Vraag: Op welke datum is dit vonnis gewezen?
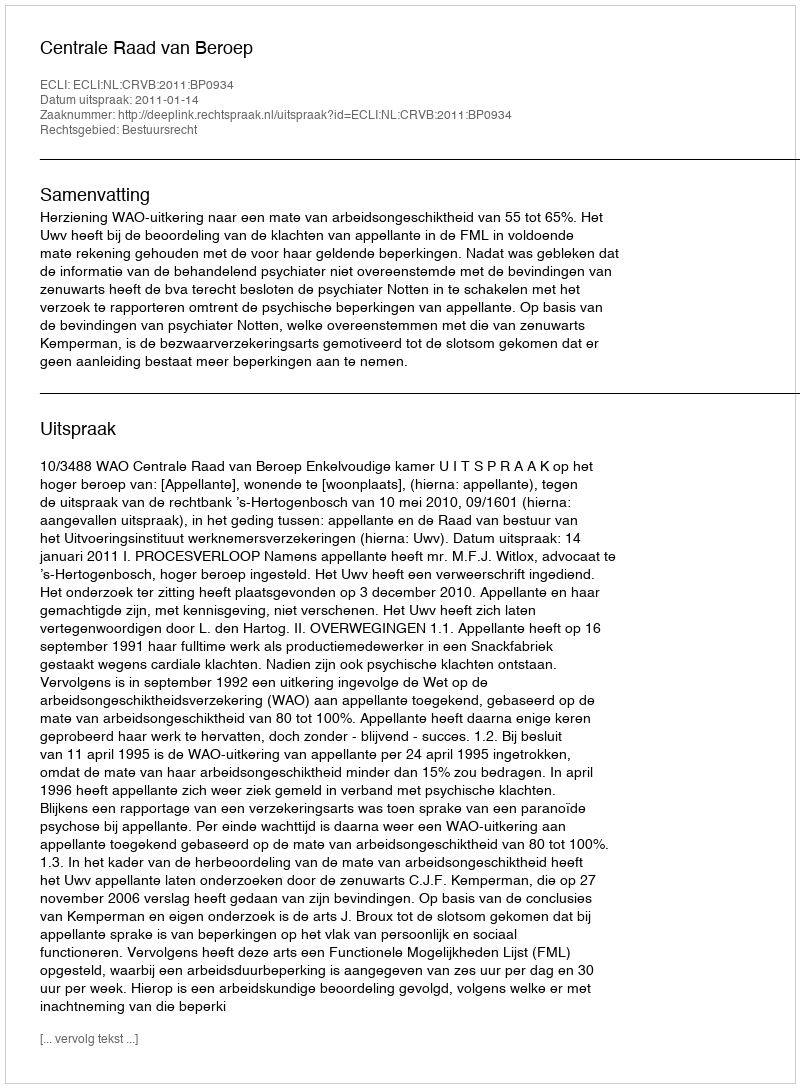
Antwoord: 2011-01-14